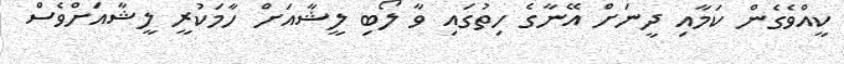
ކީއްވެގެން ކަމާއި ދީނަށް އޭނާގެ ހިތުގައި ވާ ލޯބި ލީޝާއަށް ހާމަކުރީ ލީޝާއަށްވެސް